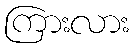
ကြားလား